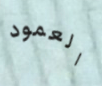
العمود